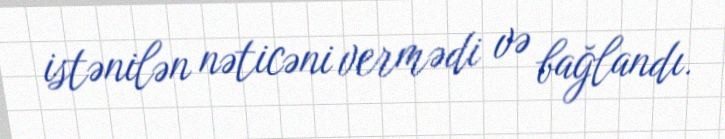
istənilən nəticəni vermədi və bağlandı.